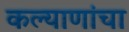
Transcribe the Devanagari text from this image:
कल्याणांचा